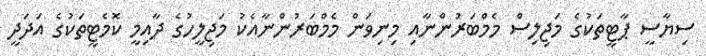
ސިޔާސީ ޕާޓީތަކުގެ މަޖިލިސް މެމްބަރުންނާއި މިނިވަން މެމްބަރުންނާއެކު މަޖިލީހުގެ ދާއިމީ ކޮމެޓީތަކުގެ އަދަދީ